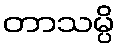
တာသမ္ပိ